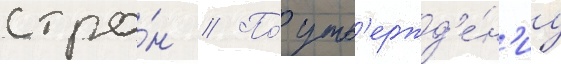
стра́н // По́ утв'ержд'е́н'иу